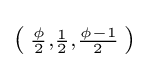
({\begin{smallmatrix}{\frac {\phi }{2}},{\frac {1}{2}},{\frac {\phi -1}{2}}\end{smallmatrix}})